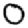
Digit: 0